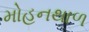
મોહનથાળ